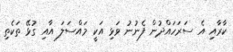
ކާރާއި އެ ސަރަހައްދުން ފެނުނު ވަޅި އަކީ މައްސަލަ އާއި ގުޅޭ ތަކެތި